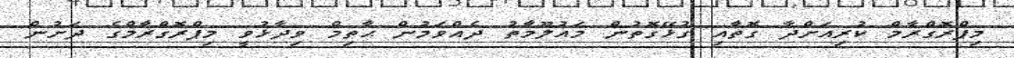
މިޕްރޮގްރާމް ކުރިއަށްދާ ގޮތާއި ގުޅޭގޮތުން މައުލޫމާތު ދެއްވަމުން ޙާތިމް ވިދާޅުވީ މިޕްރޮގްރާމްގެ ދަށުން